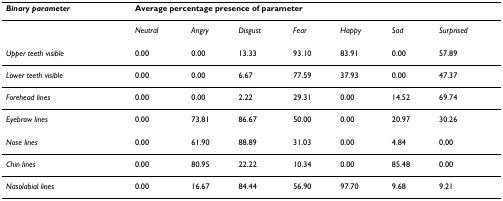
<table><thead><tr><td><b><i>Binary parameter</i></b></td><td colspan="7"><b>Average percentage presence of parameter</b></td></tr></thead><tbody><tr><td></td><td><i>Neutral</i></td><td><i>Angry</i></td><td><i>Disgust</i></td><td><i>Fear</i></td><td><i>Happy</i></td><td><i>Sad</i></td><td><i>Surprised</i></td></tr><tr><td><i>Upper teeth visible</i></td><td>0.00</td><td>0.00</td><td>13.33</td><td>93.10</td><td>83.91</td><td>0.00</td><td>57.89</td></tr><tr><td><i>Lower teeth visible</i></td><td>0.00</td><td>0.00</td><td>6.67</td><td>77.59</td><td>37.93</td><td>0.00</td><td>47.37</td></tr><tr><td><i>Forehead lines</i></td><td>0.00</td><td>0.00</td><td>2.22</td><td>29.31</td><td>0.00</td><td>14.52</td><td>69.74</td></tr><tr><td><i>Eyebrow lines</i></td><td>0.00</td><td>73.81</td><td>86.67</td><td>50.00</td><td>0.00</td><td>20.97</td><td>30.26</td></tr><tr><td><i>Nose lines</i></td><td>0.00</td><td>61.90</td><td>88.89</td><td>31.03</td><td>0.00</td><td>4.84</td><td>0.00</td></tr><tr><td><i>Chin lines</i></td><td>0.00</td><td>80.95</td><td>22.22</td><td>10.34</td><td>0.00</td><td>85.48</td><td>0.00</td></tr><tr><td><i>Nasolabial lines</i></td><td>0.00</td><td>16.67</td><td>84.44</td><td>56.90</td><td>97.70</td><td>9.68</td><td>9.21</td></tr></tbody></table>